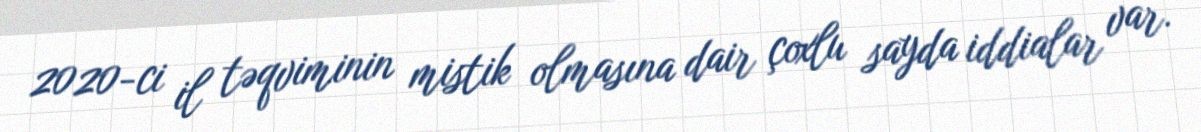
2020-ci il təqviminin mistik olmasına dair çoxlu sayda iddialar var.